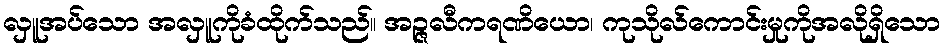
လှူအပ်သော အလှူကိုခံထိုက်သည်။ အဉ္ဇလီကရဏိယော၊ ကုသိုလ်ကောင်းမှုကိုအလိုရှိသော